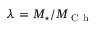
\lambda = M _ { \star } / M _ { \mathrm { ~ C ~ h ~ } }